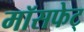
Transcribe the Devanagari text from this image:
मॉसफेट्